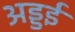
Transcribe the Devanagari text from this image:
अड्डई